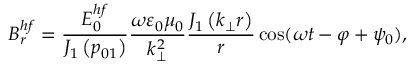
B _ { r } ^ { h f } = \frac { E _ { 0 } ^ { h f } } { J _ { 1 } \left( p _ { 0 1 } \right) } \frac { \omega \varepsilon _ { 0 } \mu _ { 0 } } { k _ { \perp } ^ { 2 } } \frac { J _ { 1 } \left( k _ { \perp } r \right) } { r } \cos ( \omega t - \varphi + \psi _ { 0 } ) ,